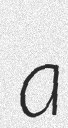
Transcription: a